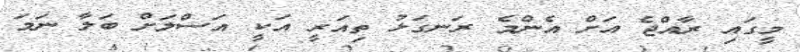
މީގައި ރާއްޖެ އަށް އެންމެ ރަނގަޅު ތިއަރީ އަކީ އަސްލަށް ބަލާ ނަަމަ